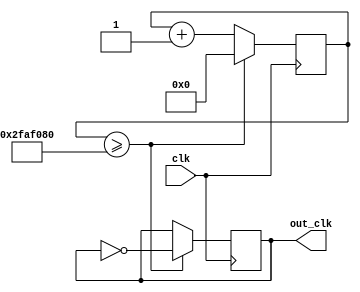
`timescale 1ns / 1ps

// generate a 1 ms (1 KHz) clock
module note_clk(
    input wire clk,
    output reg out_clk
);
    localparam HZ = 1;

    reg [35:0] cnt;

    initial begin
        cnt [35:0] <= 0;
        out_clk <= 0;
    end

    always @(posedge clk) begin
        if (cnt >= (100000000/2)/HZ) begin
            cnt <= 0;
            out_clk <= ~out_clk;
        end else begin
            cnt <= cnt + 1'b1;
        end
    end

endmodule